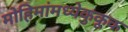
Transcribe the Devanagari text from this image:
मोहिमांमध्येकुकूक